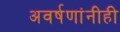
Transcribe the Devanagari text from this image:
अवर्षणांनीही